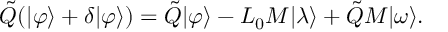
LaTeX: \tilde { Q } ( | \varphi \rangle + \delta | \varphi \rangle ) = \tilde { Q } | \varphi \rangle - L _ { 0 } M | \lambda \rangle + \tilde { Q } M | \omega \rangle .